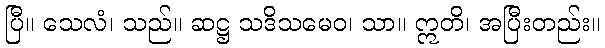
ပြီ။ သေလံ၊ သည်။ ဆဋ္ဌ သဒိသမေဝ၊ သာ။ ဣတိ၊ အပြီးတည်း။